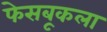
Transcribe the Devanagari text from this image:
फेसबूकला